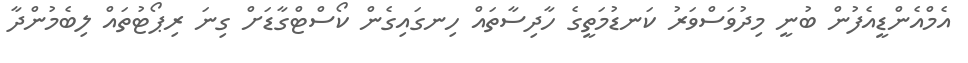
އެމްއެންޑީއެފުން ބުނީ މިދުވަސްވަރު ކަނޑުމަތީގެ ހާދިސާތައް ހިނގައިގެން ކޯސްޓްގާޑަށް ގިނަ ރިޕޯޓުތައް ލިބެމުންދާ